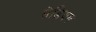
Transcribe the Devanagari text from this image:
सेडियम